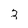
Character: 2